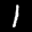
Label: 1